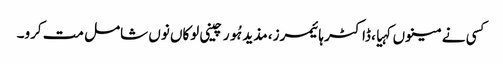
کسی نے مینوں کہیا، ڈاکٹر ہائیمرز، مذید ہُور چینی لوکاں نوں شامل مت کرو۔